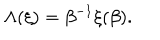
\Lambda ( \xi ) = \beta ^ { - 1 } \xi ( \beta ) .